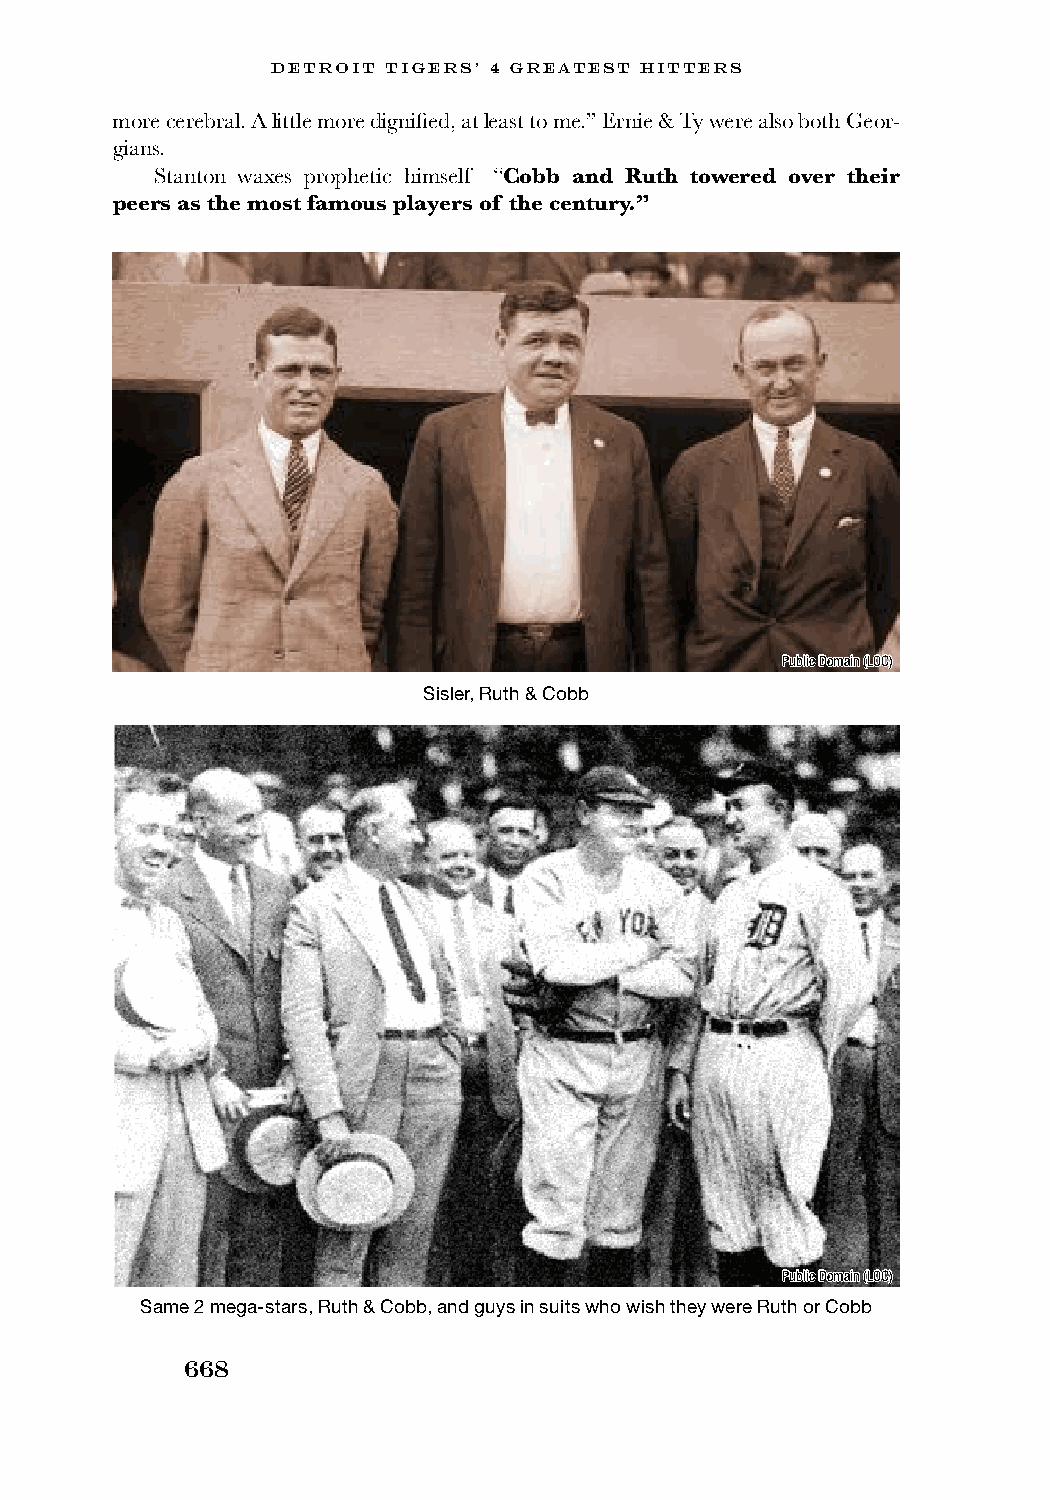
DETROIT TIGERS’ 4 GREATEST HITTERS
 more cerebral. A little more dignified, at least to me.” Ernie & Ty were also both Geor-
 gians.
 Stanton waxes prophetic himself—“Cobb and Ruth towered over their
 peers as the most famous players of the century.”
 Public Domain (LOC)
 Sisler, Ruth & Cobb
 Public Domain (LOC)
 Same 2 mega-stars, Ruth & Cobb, and guys in suits who wish they were Ruth or Cobb
 668